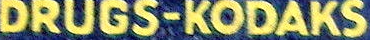
DRUGS-KODAKS